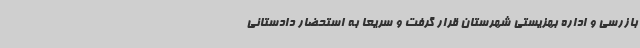
بازرسی و اداره بهزیستی شهرستان قرار گرفت و سریعا به استحضار دادستانی